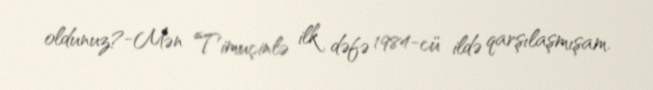
oldunuz?-Mən Timuçinlə ilk dəfə 1984-cü ildə qarşılaşmışam.